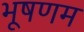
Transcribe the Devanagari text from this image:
भूषणम